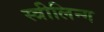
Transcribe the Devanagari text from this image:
स्त्रीलिन्ग